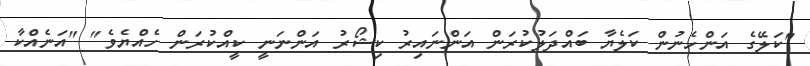
"ކަލޭގެ އަންހެނުން ކަލެޔާ ބައްދަލުކުރަން އަންނައިރު ކިޝޯރު އަންނަނީ ކީއްކުރަން ހެއްޔެވެ" "އަނެއްކާ